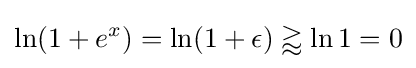
\ln(1+e^{x})=\ln(1+\epsilon )\gtrapprox \ln 1=0